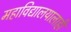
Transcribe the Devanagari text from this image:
महाविद्यालयालाही